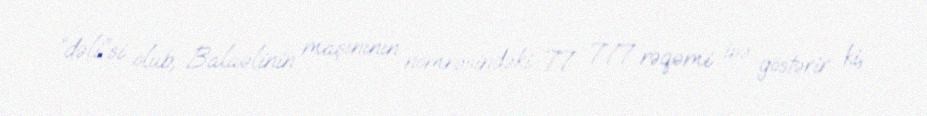
“dəli”si olub, Balaəlinin maşınının nömrəsindəki 77 777 rəqəmi isə göstərir ki,